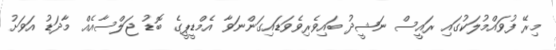
މިރޭ ފުވައްމުލަކުގައި ރައީސް ނަޝީދު ބައިވެރިވެވަޑައިގަންނަވާ އެމްޑީޕީގެ ބޮޑު ޖަލްސާއެއް މާދަޑު އަވަށު